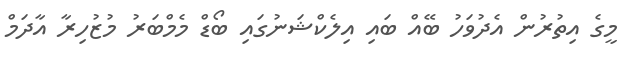
މީގެ އިތުރުން އެދުވަހު ބޭއް ބައި އިލެކްޝަނުގައި ބޯޑް މެމްބަރު މުޒުހިރާ އާދަމް